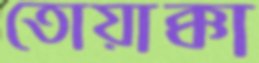
তোয়াক্কা